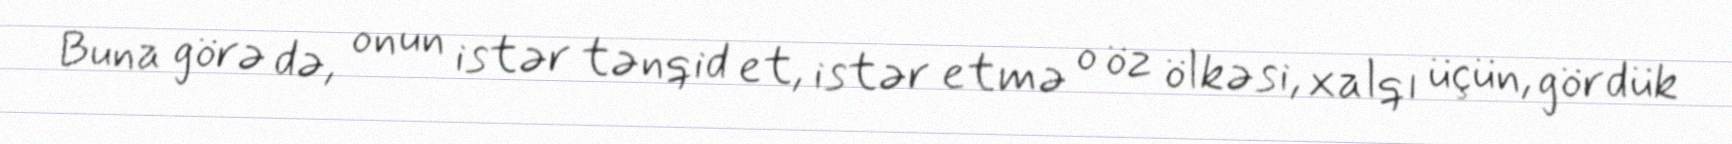
Buna görə də, onun istər tənqid et, istər etmə o öz ölkəsi, xalqı üçün, gördük